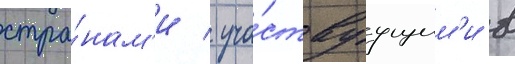
стра́нам'и / уча́ствуущим'и в